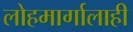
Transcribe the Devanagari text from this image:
लोहमार्गालाही